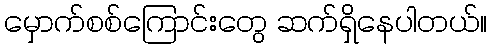
မှောက်စစ်ကြောင်းတွေ ဆက်ရှိနေပါတယ်။